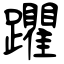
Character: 躣